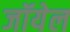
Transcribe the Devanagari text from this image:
जॉयेल